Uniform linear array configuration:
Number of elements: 48
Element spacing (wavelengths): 1
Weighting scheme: hann
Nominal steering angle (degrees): -15
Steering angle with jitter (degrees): -13.802
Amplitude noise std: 0.05
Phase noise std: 0.05

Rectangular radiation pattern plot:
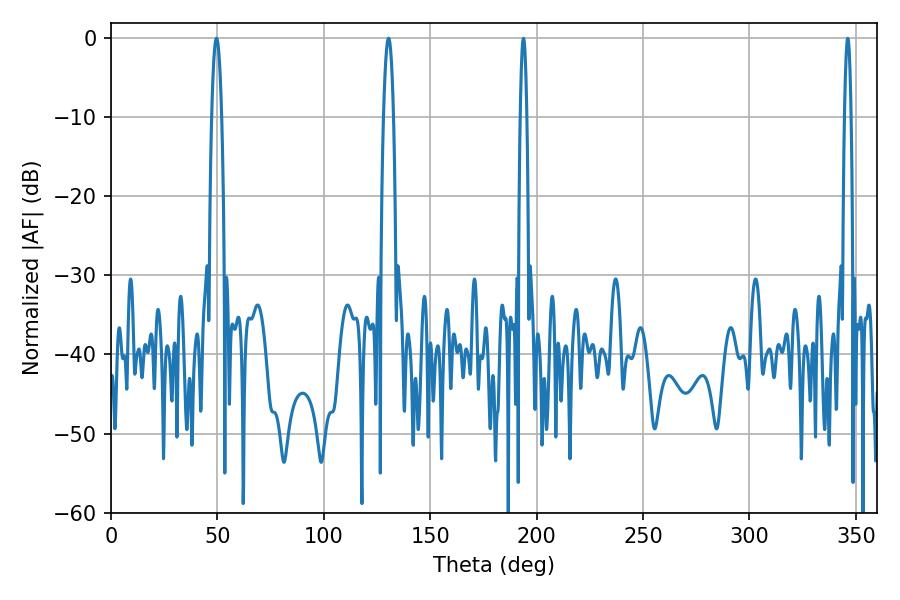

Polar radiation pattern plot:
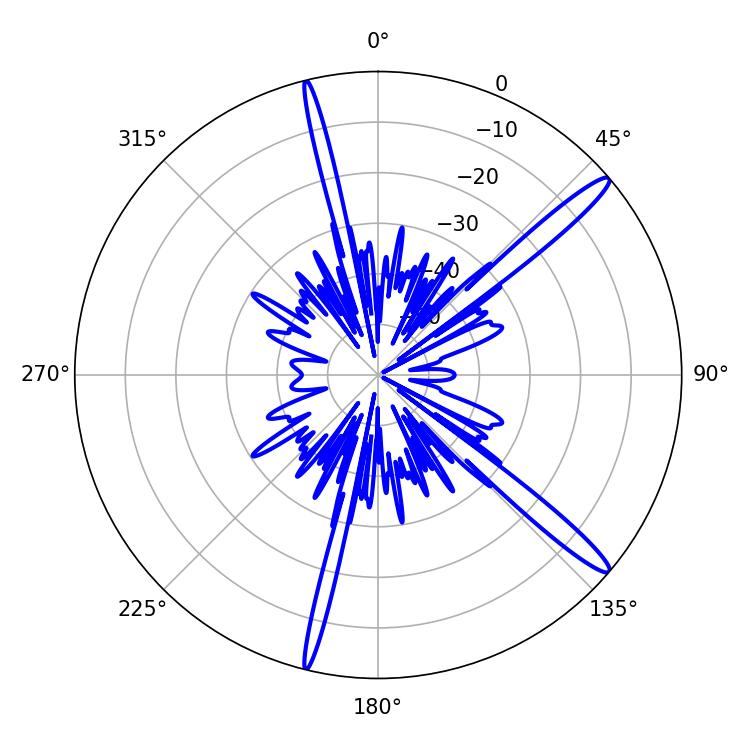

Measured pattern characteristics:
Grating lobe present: TRUE
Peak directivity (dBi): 15.265
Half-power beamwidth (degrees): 1.62
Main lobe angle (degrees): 193.86